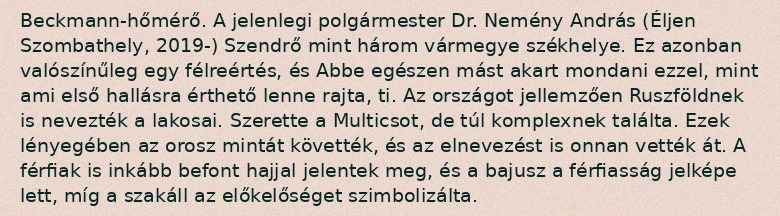
Beckmann-hőmérő. A jelenlegi polgármester Dr. Nemény András (Éljen Szombathely, 2019-) Szendrő mint három vármegye székhelye. Ez azonban valószínűleg egy félreértés, és Abbe egészen mást akart mondani ezzel, mint ami első hallásra érthető lenne rajta, ti. Az országot jellemzően Ruszföldnek is nevezték a lakosai. Szerette a Multicsot, de túl komplexnek találta. Ezek lényegében az orosz mintát követték, és az elnevezést is onnan vették át. A férfiak is inkább befont hajjal jelentek meg, és a bajusz a férfiasság jelképe lett, míg a szakáll az előkelőséget szimbolizálta.